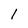
Character: 1